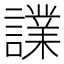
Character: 𧬬